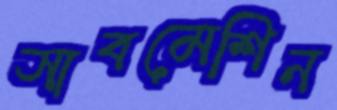
সাবমেশিন